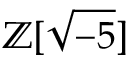
\mathbb { Z } [ { \sqrt { - 5 } } ]